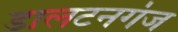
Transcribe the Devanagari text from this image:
डालटनगंज